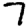
Digit: 7